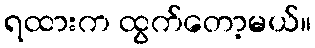
ရထားက ထွက်တော့မယ်။